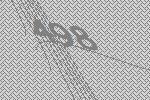
498